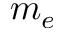
m _ { e }